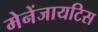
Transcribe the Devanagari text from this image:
मेनेंजायटिस